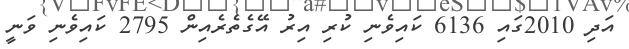
އަދި 2010ގައި 6136 ކައިވެނި ކުރި އިރު އޭގެތެރެއިން 2795 ކައިވެނި ވަނީ